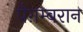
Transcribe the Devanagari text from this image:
पैग़म्बरान